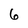
Character: 6